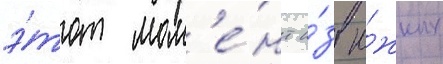
э́тот мом'е́нт и́з ю́жных